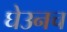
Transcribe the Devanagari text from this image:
घेउनच